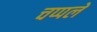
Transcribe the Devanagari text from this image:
चप्पले